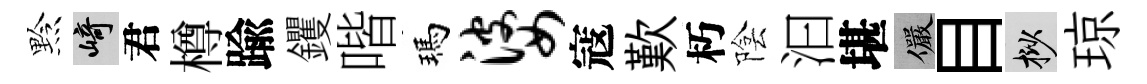
黔崎君樽踰钁喈瑪婆寇歎朽陰汩堪儼目挲琼